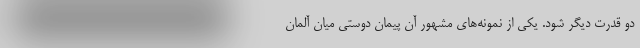
دو قدرت دیگر شود. یکی از نمونه‌های مشهور آن پیمان دوستی میان آلمان